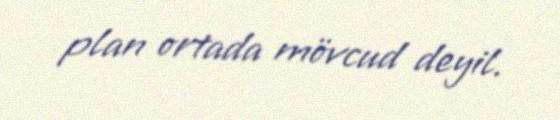
plan ortada mövcud deyil.